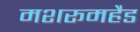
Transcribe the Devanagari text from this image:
मशरूमहैड